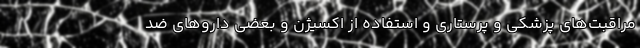
مراقبت‌های پزشکی و پرستاری و استفاده از اکسیژن و بعضی دارو‌های ضد